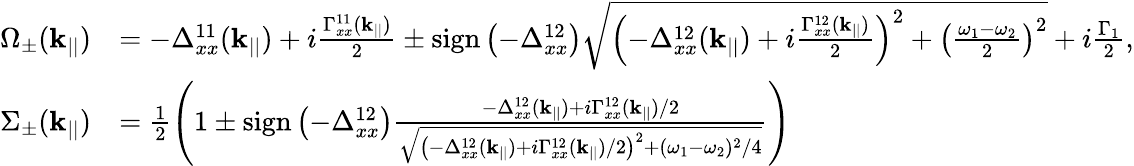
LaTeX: \begin{array}{rl}{\Omega_{\pm}(\mathbf{k}_{||})}&{=-\Delta_{xx}^{11}(\mathbf{k}_{||})+i\frac{\Gamma_{xx}^{11}(\mathbf{k}_{||})}{2}\pm\textrm{sign}\left(-\Delta_{xx}^{12}\right)\sqrt{\left(-\Delta_{xx}^{12}(\mathbf{k}_{||})+i\frac{\Gamma_{xx}^{12}(\mathbf{k}_{||})}{2}\right)^{2}+\left(\frac{\omega_{1}-\omega_{2}}{2}\right)^{2}}+i\frac{\Gamma_{1}}{2},}\\ {\Sigma_{\pm}(\mathbf{k}_{||})}&{=\frac{1}{2}\left(1\pm\textrm{sign}\left(-\Delta_{xx}^{12}\right)\frac{-\Delta_{xx}^{12}(\mathbf{k}_{||})+i\Gamma_{xx}^{12}(\mathbf{k}_{||})/2}{\sqrt{\left(-\Delta_{xx}^{12}(\mathbf{k}_{||})+i\Gamma_{xx}^{12}(\mathbf{k}_{||})/2\right)^{2}+(\omega_{1}-\omega_{2})^{2}/4}}\right)}\end{array}